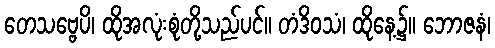
တေသဗ္ဗေပိ၊ ထိုအလုံးစုံတို့သည်ပင်။ တံဒိဝသံ၊ ထိုနေ့၌။ ဘောဇနံ၊